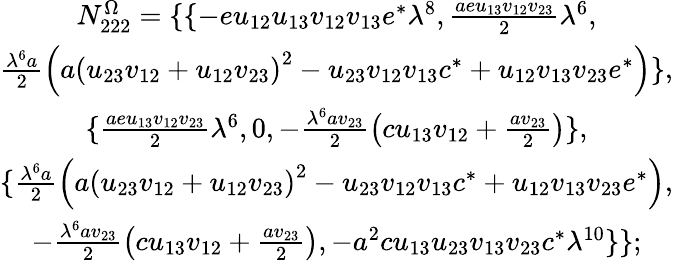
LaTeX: \begin{array}{c}{{N_{222}^{\Omega}=\{ \{ -eu_{12}u_{13}v_{12}v_{13}e^{*}\lambda^{8},\frac{aeu_{13}v_{12}v_{23}}2\lambda^{6},}}\\ {{\frac{\lambda^{6}a}2\left(a\left(u_{23}v_{12}+u_{12}v_{23}\right)^{2}-u_{23}v_{12}v_{13}c^{*}+u_{12}v_{13}v_{23}e^{*}\right)\} ,}}\\ {{\{ \frac{aeu_{13}v_{12}v_{23}}2\lambda^{6},0,-\frac{\lambda^{6}av_{23}}2\left(cu_{13}v_{12}+\frac{av_{23}}2\right)\} ,}}\\ {{\{ \frac{\lambda^{6}a}2\left(a\left(u_{23}v_{12}+u_{12}v_{23}\right)^{2}-u_{23}v_{12}v_{13}c^{*}+u_{12}v_{13}v_{23}e^{*}\right),}}\\ {{-\frac{\lambda^{6}av_{23}}2\left(cu_{13}v_{12}+\frac{av_{23}}2\right),-a^{2}cu_{13}u_{23}v_{13}v_{23}c^{*}\lambda^{10}\} \} ;}}\end{array}